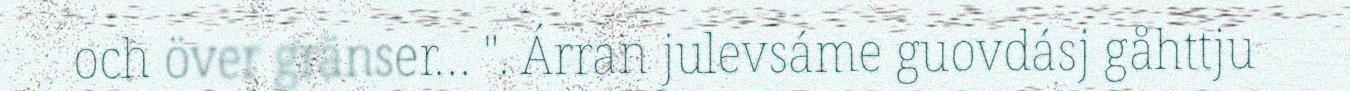
och över gränser… ". Árran julevsáme guovdásj gåhttju